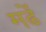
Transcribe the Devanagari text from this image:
मर्ढे